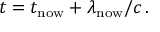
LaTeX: t = t _ { \mathrm { n o w } } + \lambda _ { \mathrm { n o w } } / c \, .